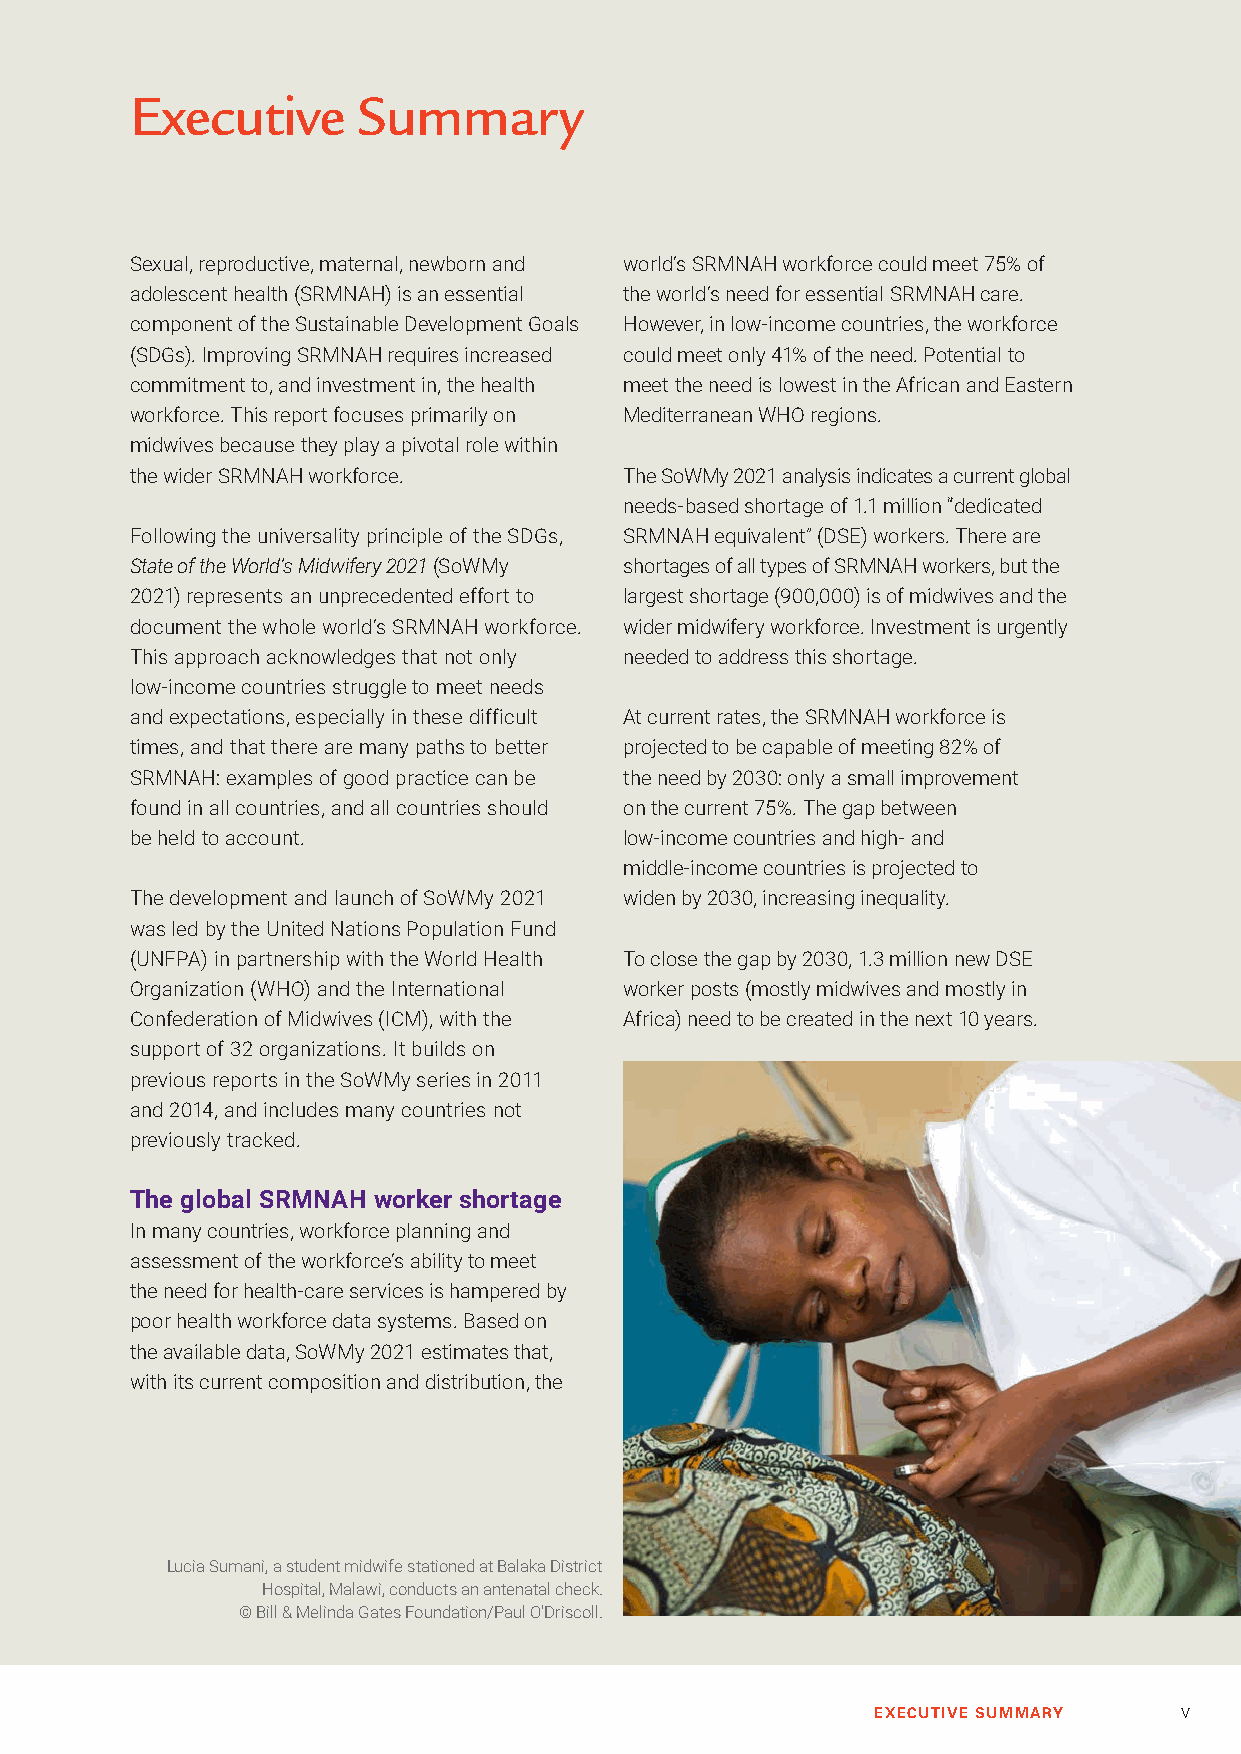
Executive      Summary
 Sexual, reproductive, maternal, newborn and world’s SRMNAH workforce could meet 75% of
 adolescent health (SRMNAH) is an essential the world’s need for essential SRMNAH care.
 component of the Sustainable Development Goals However, in low-income countries, the workforce
 (SDGs). Improving SRMNAH requires increased could meet only 41% of the need. Potential to
 commitment to, and investment in, the health meet the need is lowest in the African and Eastern
 workforce. This report focuses primarily on Mediterranean WHO regions.
 midwives because they play a pivotal role within
 the wider SRMNAH workforce.     The SoWMy 2021 analysis indicates a current global
 needs-based shortage of 1.1 million “dedicated
 Following the universality principle of the SDGs, SRMNAH equivalent” (DSE) workers. There are
 State of the World’s Midwifery 2021 (SoWMy shortages of all types of SRMNAH workers, but the
 2021) represents an unprecedented effort to largest shortage (900,000) is of midwives and the
 document the whole world’s SRMNAH workforce. wider midwifery workforce. Investment is urgently
 This approach acknowledges that not only needed to address this shortage.
 low-income countries struggle to meet needs
 and expectations, especially in these difficult At current rates, the SRMNAH workforce is
 times, and that there are many paths to better projected to be capable of meeting 82% of
 SRMNAH: examples of good practice can be the need by 2030: only a small improvement
 found in all countries, and all countries should on the current 75%. The gap between
 be held to account.             low-income countries and high- and
 middle-income countries is projected to
 The development and launch of SoWMy 2021 widen by 2030, increasing inequality.
 was led by the United Nations Population Fund
 (UNFPA) in partnership with the World Health To close the gap by 2030, 1.3 million new DSE
 Organization (WHO) and the International worker posts (mostly midwives and mostly in
 Confederation of Midwives (ICM), with the Africa) need to be created in the next 10 years.
 support of 32 organizations. It builds on
 previous reports in the SoWMy series in 2011
 and 2014, and includes many countries not
 previously tracked.
 The global SRMNAH worker shortage
 In many countries, workforce planning and
 assessment of the workforce’s ability to meet
 the need for health-care services is hampered by
 poor health workforce data systems. Based on
 the available data, SoWMy 2021 estimates that,
 with its current composition and distribution, the
 Lucia Sumani, a student midwife stationed at Balaka District
 Hospital, Malawi, conducts an antenatal check.
 © Bill & Melinda Gates Foundation/Paul O'Driscoll.
 EXECUTIVE SUMMARY   v